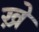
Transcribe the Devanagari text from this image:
ख़े